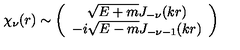
\chi _ { \nu } ( r ) \sim \left( \begin{array} { c } { \sqrt { E + m } J _ { - \nu } ( k r ) } \\ { - i \sqrt { E - m } J _ { - \nu - 1 } ( k r ) } \\ \end{array} \right)